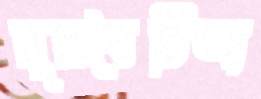
সুরবৈচিত্র্য